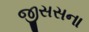
જીસસના